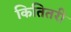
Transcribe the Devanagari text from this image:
कितितरी